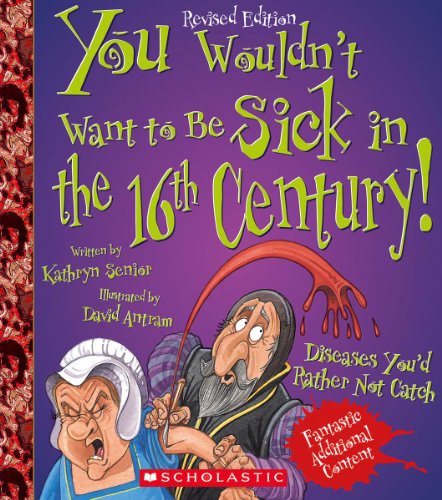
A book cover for You Wouldn't Want to Be Sick in the 16th Century!; Kathryn Senior; Children's Books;